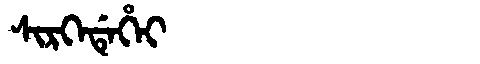
Manchu: ᠰᡳᡵᡴᡝᡩᡝᡥᡝᡳ
Romanization: SIRKEDEHEI